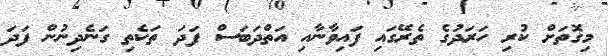
މިގޮތަށް ކުރި ހަރަދުގެ ތެރޭގައި ފައިވާނާއި އަތްދަބަސް ފަދަ ތަކެތި ގަނެދިނުން ފަދަ